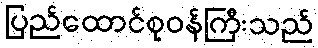
ပြည်ထောင်စုဝန်ကြီးသည်